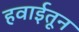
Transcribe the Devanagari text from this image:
हवाईतून